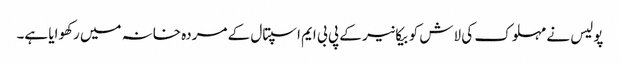
پولیس نے مہلوک کی لاش کو بیکانیر کے پی بی ایم اسپتال کے مردہ خانہ میں رکھوایا ہے۔